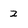
Character: 2